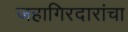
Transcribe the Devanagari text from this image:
जहागिरदारांचा